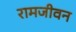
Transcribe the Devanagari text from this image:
रामजीवन